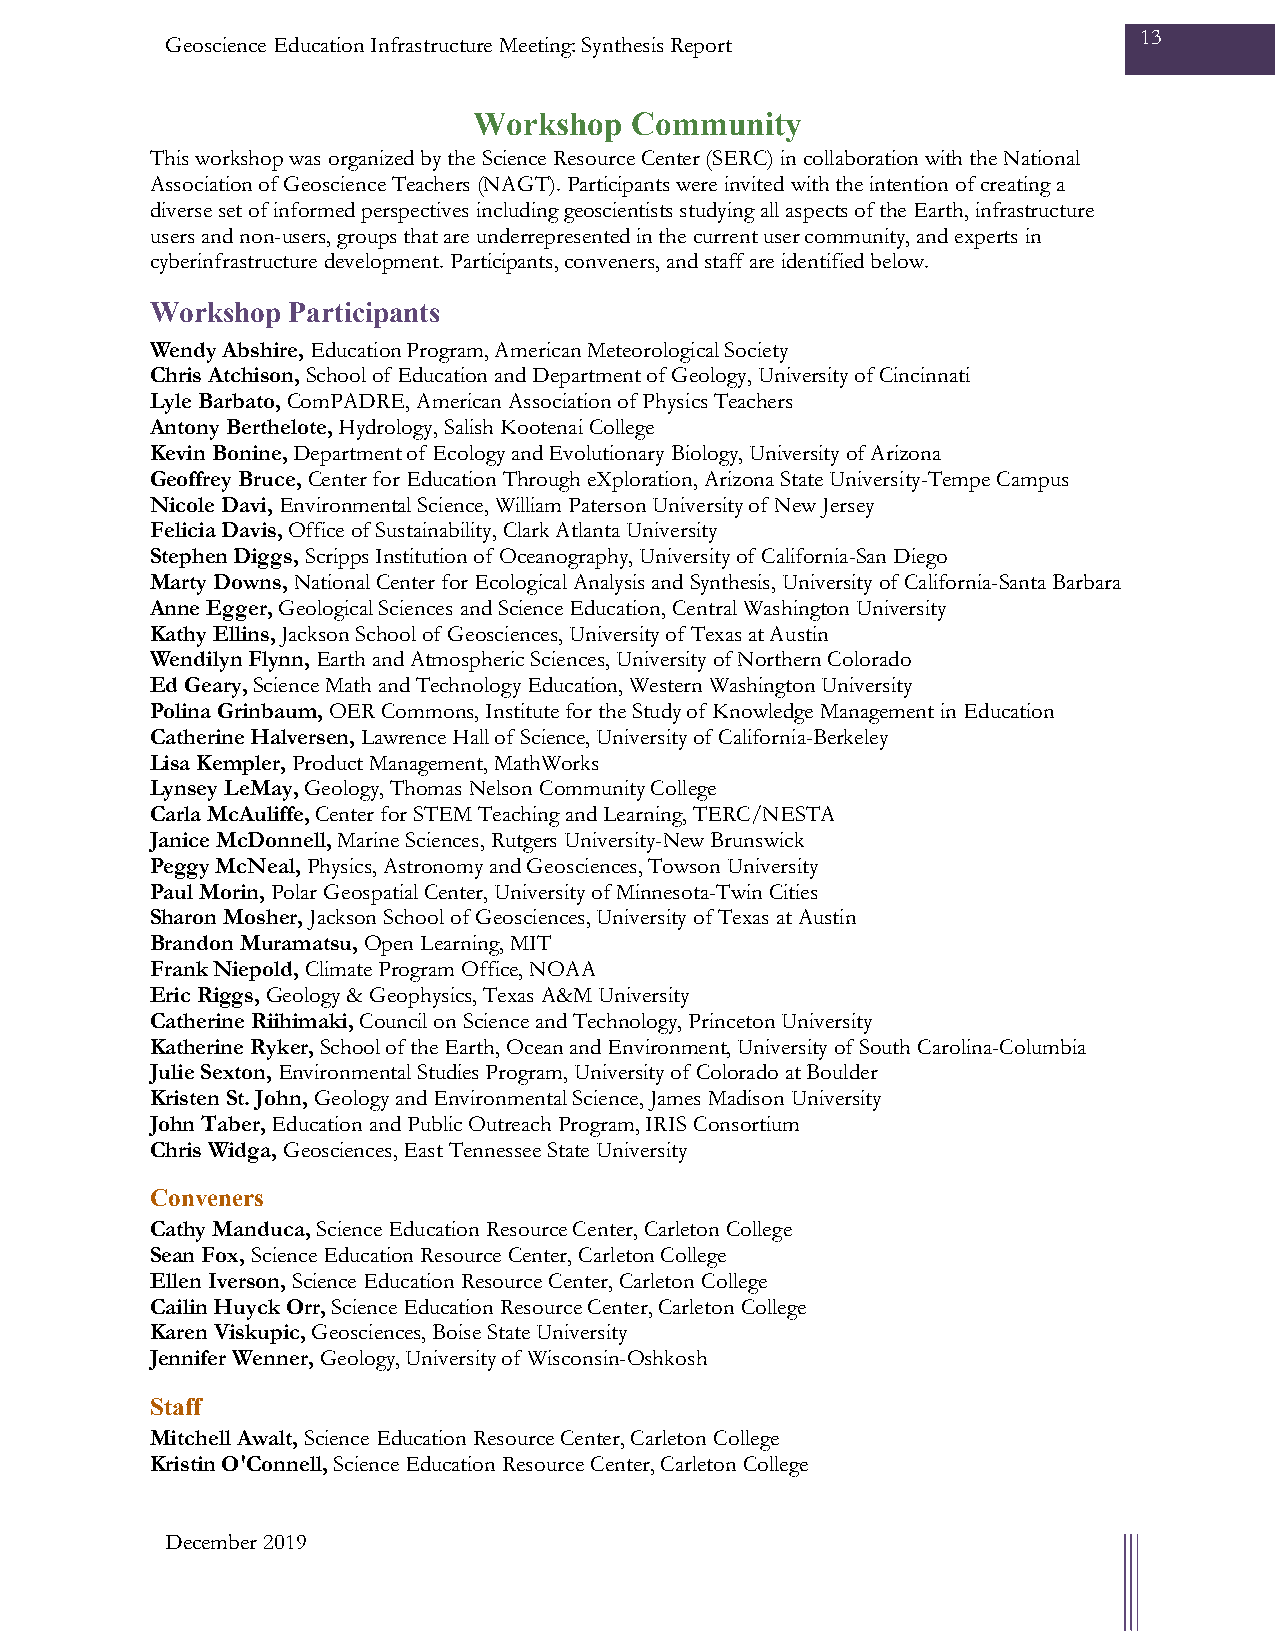
13
 Geoscience Education Infrastructure Meeting: Synthesis Report
 Workshop   Community
 This workshop was organized by the Science Resource Center (SERC) in collaboration with the National
 Association of Geoscience Teachers (NAGT). Participants were invited with the intention of creating a
 diverse set of informed perspectives including geoscientists studying all aspects of the Earth, infrastructure
 users and non-users, groups that are underrepresented in the current user community, and experts in
 cyberinfrastructure development. Participants, conveners, and staff are identified below.
 Workshop Participants
 Wendy Abshire, Education Program, American Meteorological Society
 Chris Atchison, School of Education and Department of Geology, University of Cincinnati
 Lyle Barbato, ComPADRE, American Association of Physics Teachers
 Antony Berthelote, Hydrology, Salish Kootenai College
 Kevin Bonine, Department of Ecology and Evolutionary Biology, University of Arizona
 Geoffrey Bruce, Center for Education Through eXploration, Arizona State University-Tempe Campus
 Nicole Davi, Environmental Science, William Paterson University of New Jersey
 Felicia Davis, Office of Sustainability, Clark Atlanta University
 Stephen Diggs, Scripps Institution of Oceanography, University of California-San Diego
 Marty Downs, National Center for Ecological Analysis and Synthesis, University of California-Santa Barbara
 Anne Egger, Geological Sciences and Science Education, Central Washington University
 Kathy Ellins, Jackson School of Geosciences, University of Texas at Austin
 Wendilyn Flynn, Earth and Atmospheric Sciences, University of Northern Colorado
 Ed Geary, Science Math and Technology Education, Western Washington University
 Polina Grinbaum, OER Commons, Institute for the Study of Knowledge Management in Education
 Catherine Halversen, Lawrence Hall of Science, University of California-Berkeley
 Lisa Kempler, Product Management, MathWorks
 Lynsey LeMay, Geology, Thomas Nelson Community College
 Carla McAuliffe, Center for STEM Teaching and Learning, TERC/NESTA
 Janice McDonnell, Marine Sciences, Rutgers University-New Brunswick
 Peggy McNeal, Physics, Astronomy and Geosciences, Towson University
 Paul Morin, Polar Geospatial Center, University of Minnesota-Twin Cities
 Sharon Mosher, Jackson School of Geosciences, University of Texas at Austin
 Brandon Muramatsu, Open Learning, MIT
 Frank Niepold, Climate Program Office, NOAA
 Eric Riggs, Geology & Geophysics, Texas A&M University
 Catherine Riihimaki, Council on Science and Technology, Princeton University
 Katherine Ryker, School of the Earth, Ocean and Environment, University of South Carolina-Columbia
 Julie Sexton, Environmental Studies Program, University of Colorado at Boulder
 Kristen St. John, Geology and Environmental Science, James Madison University
 John Taber, Education and Public Outreach Program, IRIS Consortium
 Chris Widga, Geosciences, East Tennessee State University
 Conveners
 Cathy Manduca, Science Education Resource Center, Carleton College
 Sean Fox, Science Education Resource Center, Carleton College
 Ellen Iverson, Science Education Resource Center, Carleton College
 Cailin Huyck Orr, Science Education Resource Center, Carleton College
 Karen Viskupic, Geosciences, Boise State University
 Jennifer Wenner, Geology, University of Wisconsin-Oshkosh
 Staff
 Mitchell Awalt, Science Education Resource Center, Carleton College
 Kristin O'Connell, Science Education Resource Center, Carleton College
 December 2019